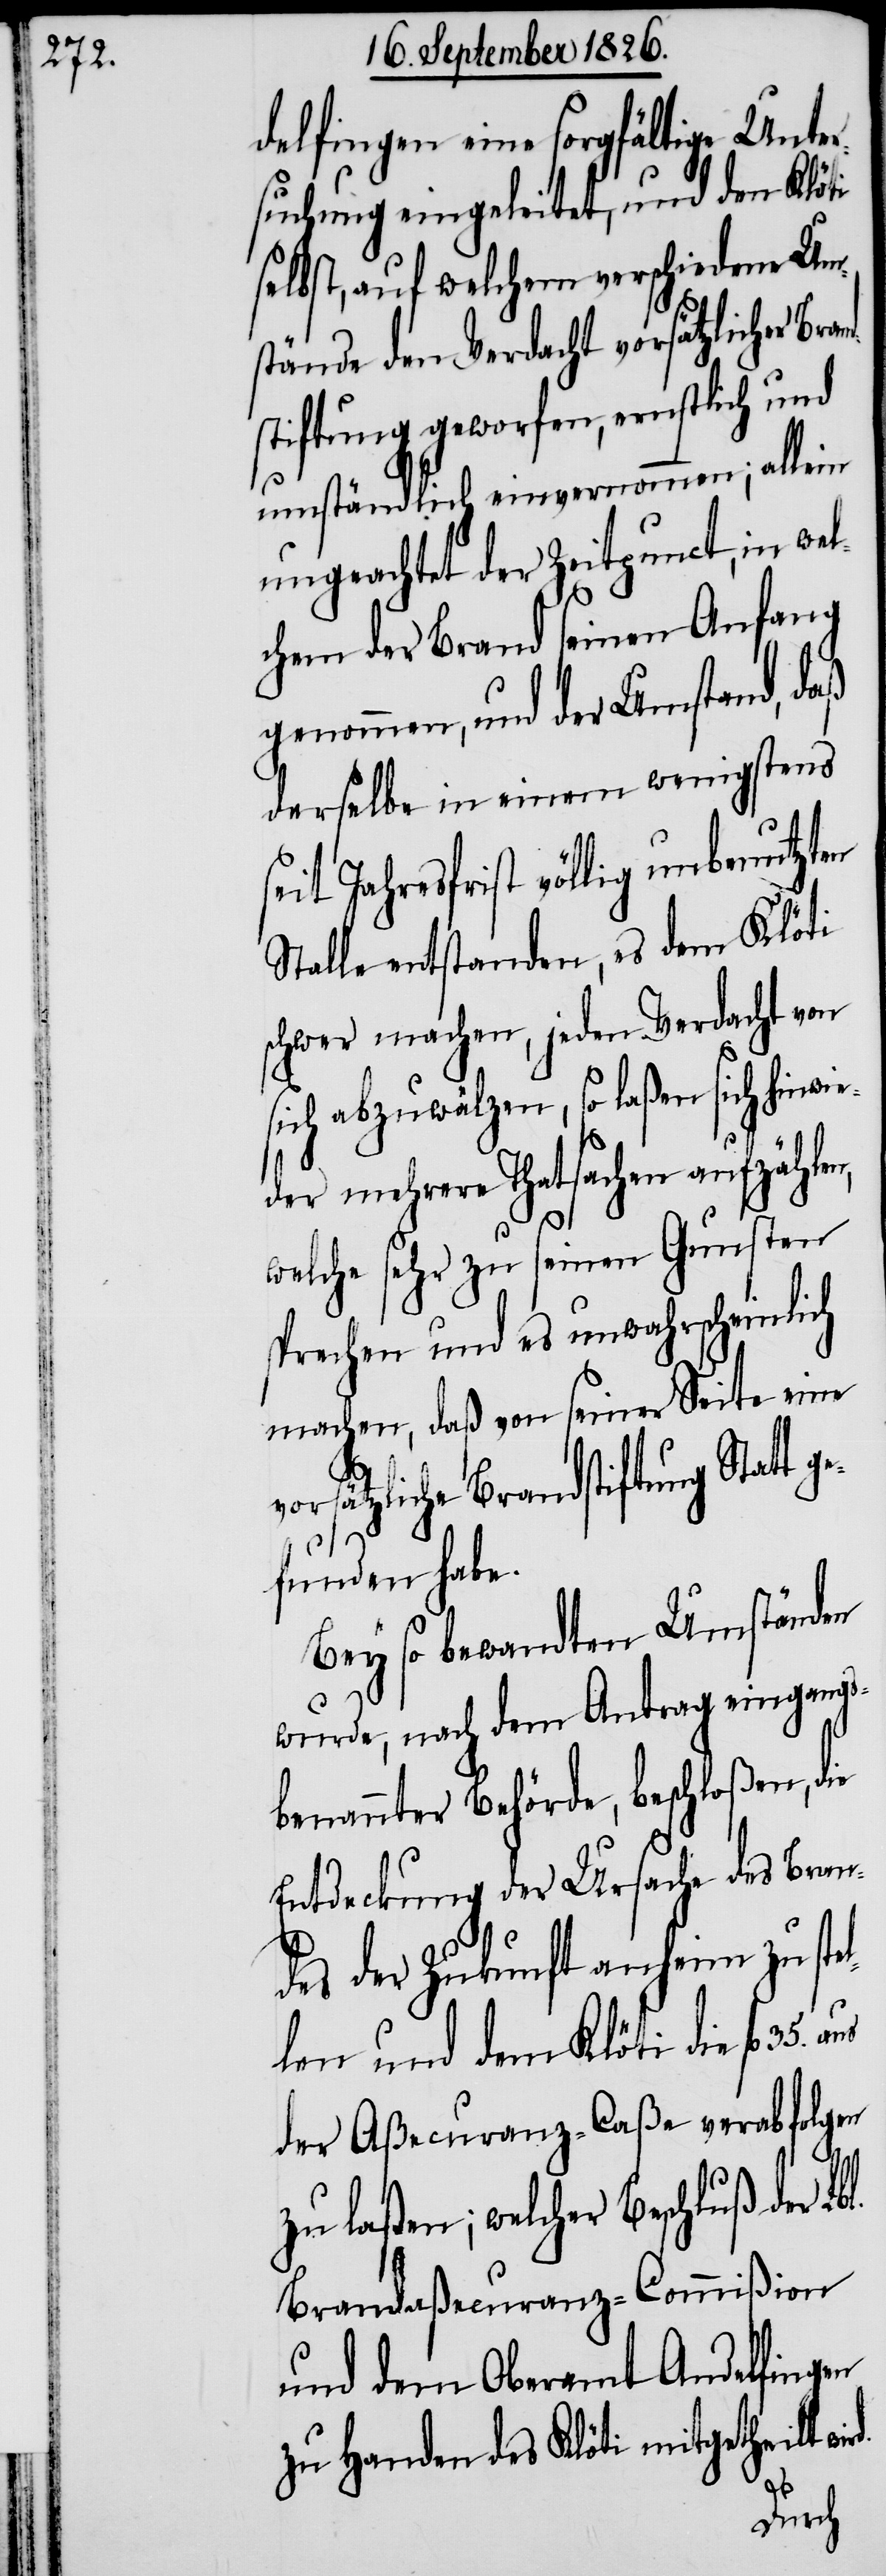
delfingen eine sorgfältige Unter¬
suchung eingeleitet, und dem Klöti
selbst, auf welchen verschiedene Um¬
stände den Verdacht vorsätzlicher
stiftung geworfen, ernstlich und
umständlich einvernommen; allein
ungeachtet der Zeitpunct, in wel¬
chem der Brand seinen Anfang
genommen, und der Umstand, daß
derselbe in einem wenigstens
seit Jahresfrist völlig unbenutzten
Stalle entstanden, es dem Klöti
schwer machen, jeden Verdacht von
sich abzuwälzen, so laßen sich hi¬
der mehrere Thatsachen aufzählen,
welche sehr zu seinen Gunsten
sprechen und es unwahrscheinlich
machen, daß von seiner Seite eine
orsätzliche Brandstiftung Statt g¬
efunden habe.
Bey so bewandten Umständen
l.
wurde, nach dem Antrag eingangs¬
benannter Behörde, beschloßen, die
Entdeckung der Ursache des Bran¬
des der Zukunft anheim zu ste¬
len und dem Klöti die fl. 35.
der Aßecuranz-Caße verabfolgen
zu laßen; welcher Beschluß der Lb¬
Brandaßecuranz-Commißion
und dem Oberamt Andelfingen
zu Handen des Klöti mitgetheilt wi¬
rd.